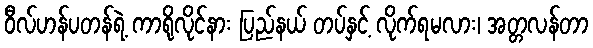
ဝီလ်ဟန်ပတန်ရဲ့ ကာရိုလိုင်နား ပြည်နယ် တပ်နှင့် လိုက်ရမလား၊ အတ္တလန်တာ